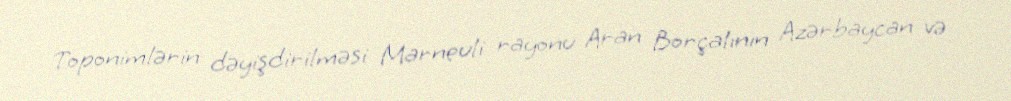
Toponimlərin dəyişdirilməsi Marneuli rayonu Aran Borçalının Azərbaycan və